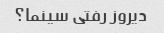
دیروز رفتی سینما؟